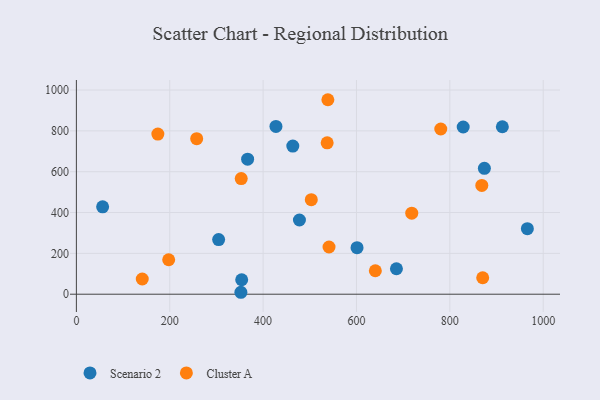
{"axis": {"x": "Ad Spend", "y": "Fuel Efficiency"}, "legend": ["Cluster A", "Scenario 2"], "data": [{"x": "56.2", "y": 428.1, "type": "Scenario 2"}, {"x": "828.6", "y": 818.9, "type": "Scenario 2"}, {"x": "366.8", "y": 661.4, "type": "Scenario 2"}, {"x": "463.6", "y": 725.8, "type": "Scenario 2"}, {"x": "304.7", "y": 267.8, "type": "Scenario 2"}, {"x": "477.8", "y": 363.5, "type": "Scenario 2"}, {"x": "354.1", "y": 70.9, "type": "Scenario 2"}, {"x": "874.0", "y": 616.8, "type": "Scenario 2"}, {"x": "685.6", "y": 124.7, "type": "Scenario 2"}, {"x": "966.1", "y": 321.1, "type": "Scenario 2"}, {"x": "601.2", "y": 228.1, "type": "Scenario 2"}, {"x": "912.5", "y": 820.3, "type": "Scenario 2"}, {"x": "352.4", "y": 9.5, "type": "Scenario 2"}, {"x": "427.5", "y": 822.0, "type": "Scenario 2"}, {"x": "640.4", "y": 114.9, "type": "Cluster A"}, {"x": "780.6", "y": 809.3, "type": "Cluster A"}, {"x": "718.4", "y": 397.0, "type": "Cluster A"}, {"x": "141.1", "y": 74.5, "type": "Cluster A"}, {"x": "503.2", "y": 463.1, "type": "Cluster A"}, {"x": "174.5", "y": 784.3, "type": "Cluster A"}, {"x": "541.2", "y": 231.2, "type": "Cluster A"}, {"x": "870.4", "y": 80.6, "type": "Cluster A"}, {"x": "537.2", "y": 741.6, "type": "Cluster A"}, {"x": "197.7", "y": 168.7, "type": "Cluster A"}, {"x": "868.5", "y": 533.0, "type": "Cluster A"}, {"x": "538.7", "y": 952.6, "type": "Cluster A"}, {"x": "257.7", "y": 761.6, "type": "Cluster A"}, {"x": "353.1", "y": 566.6, "type": "Cluster A"}]}